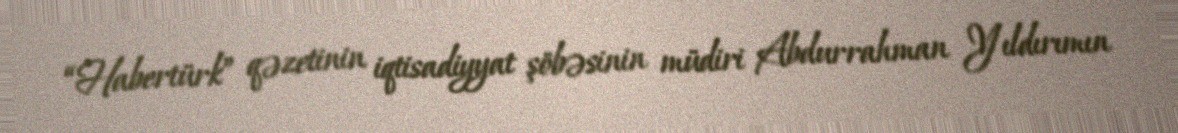
“Habertürk” qəzetinin iqtisadiyyat şöbəsinin müdiri Abdurrahman Yıldırımın